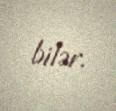
bilər.